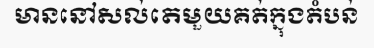
មាននៅសល់តេមួយគត់ក្នុងតំបន់